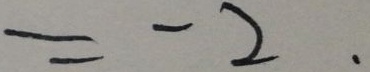
= - 2 .